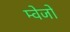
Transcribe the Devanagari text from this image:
म्वेजो